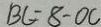
B C = 8 - O C